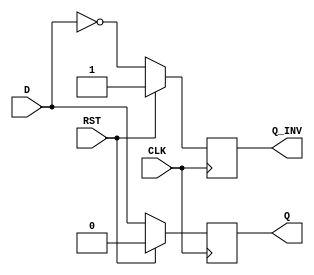
module D_FF_SYNC(
	input D,
	input CLK,
	input RST,
	output reg Q,
	output reg Q_INV
);


	always@(posedge CLK) begin
	
		if(RST) begin
		
			Q<=1'b0;
			Q_INV<=1'b1;	
				
		end
		else begin
			Q<=D;
			Q_INV<=(~D);
		end 
	end

endmodule